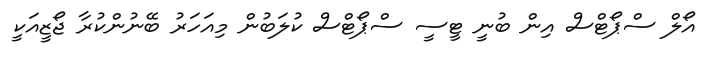
އޯލް ސްޕޯޓްސް އިން ބުނީ ޓީސީ ސްޕޯޓްސް ކުލަބުން މިއަހަރު ބޭނުންކުރާ ޖޯޒީއަކީ